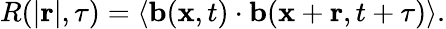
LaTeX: R(\vert\mathbf{r}\vert,\tau)=\left<\mathbf{b}(\mathbf{x},t)\cdot\mathbf{b}(\mathbf{x}+\mathbf{r},t+\tau)\right>.